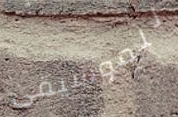
للموسيقى